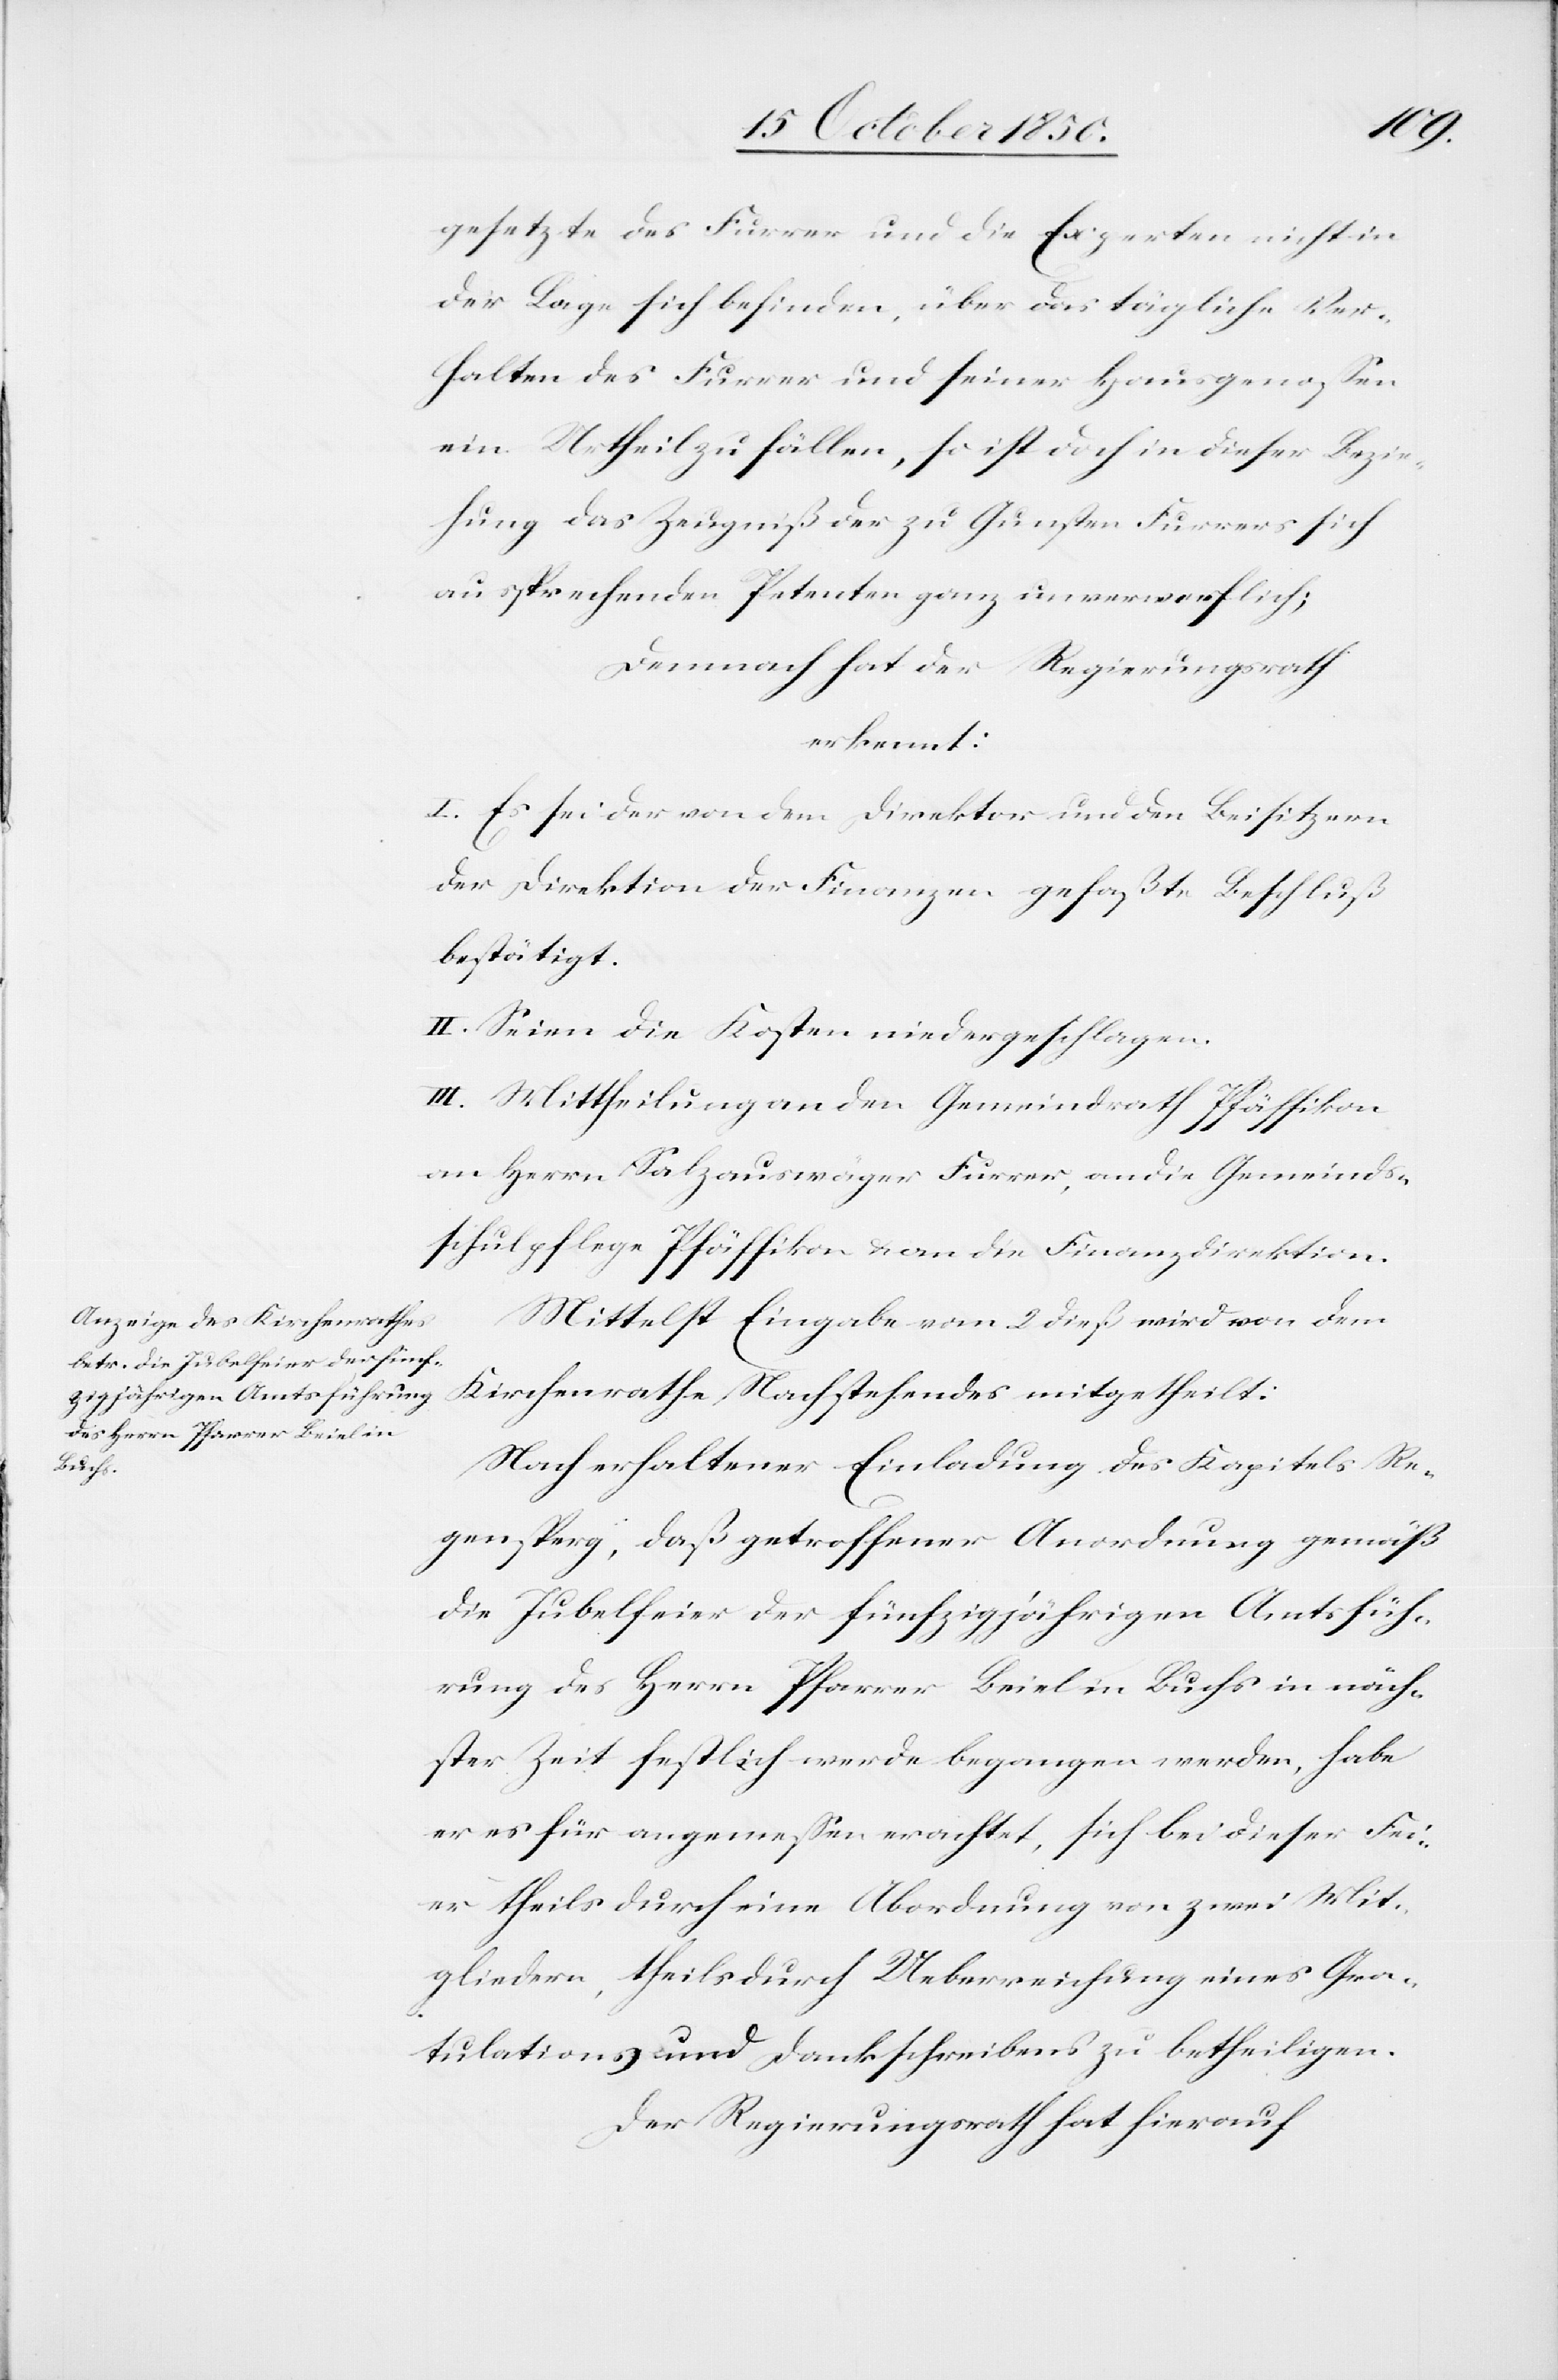
gesetzte des Furrer und die Experten nicht in
der Lage sich befinden, über das tägliche Ver¬
halten des Furrer und seiner Hausgenossen
ein Urtheil zu fällen, so ist doch in dieser Bezie¬
hung des Zeugniß der zu Gunsten Furrers sich
aussprechenden Petenten ganz unverwerflich;
Demnach hat der Regierungsrath
erkennt:
I. Es sei der von dem Direktor und den Beisitzern
der Direktion der Finanzen gefaßte Beschluß
bestätigt.
II. Seien die Kosten niedergeschlagen.
III. Mittheilung an den Gemeindrath Pfäffikon[,]
an Herrn Salzauswäger Furrer, an die Gemeinds¬
schulpflege Pfäffikon & an die Finanzdirektion.
Mittelst Eingabe vom 2 dieß wird von dem
Kirchenrathe Nachstehendes mitgetheilt:
Nach erhaltener Einladung des Kapitels Re¬
gensperg, daß getroffener Anordnung gemäß
die Jubelfeier der fünfzigjährigen Amtsfüh¬
rung des Herrn Pfarrer Beiel in Buchs in näch¬
ster Zeit festlich werde begangen werden, habe
er es für angemessen erachtet, sich bei dieser Fei¬
er theils durch eine Abordnung von zwei Mit¬
gliedern, theils durch Ueberreichung eines Gra¬
tulations[-] und Dankschreibens zu betheiligen.
Der Regierungsrath hat hierauf